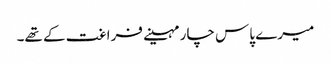
میرے پاس چار مہینے فراغت کے تھے۔